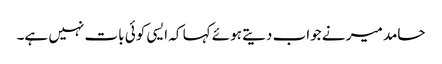
حامد میر نے جواب دیتے ہوئے کہا کہ ایسی کوئی بات نہیں ہے۔